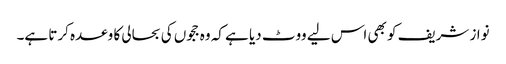
نواز شریف کو بھی اس لیے ووٹ دیا ہے کہ وہ ججوں کی بحالی کا وعدہ کرتا ہے۔